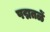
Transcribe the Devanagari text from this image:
पद्मतळें